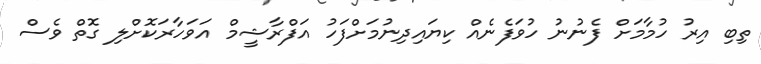
ތިބި އިރު ހުމާމަށް ފެނުނު ހުވަފެނެއް ކިޔައިދިނުމަށްފަހު އަފްރާޝީމް އަވަހާރަކޮށްލި ގޮތް ވެސް